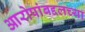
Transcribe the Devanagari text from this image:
आरोपांबद्दलच्या